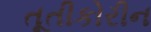
તૂતીકોરીન